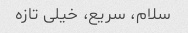
سلام، سریع، خیلی تازه